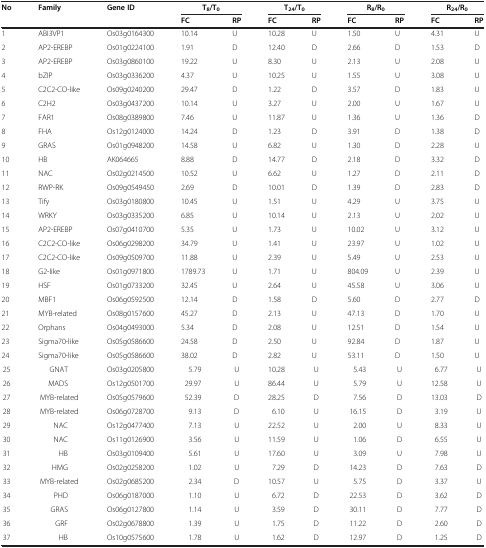
<table><thead><tr><td><b>No</b></td><td><b>Family</b></td><td><b>Gene ID</b></td><td colspan="2"><b>T<sub>8</sub>/T<sub>0</sub></b></td><td colspan="2"><b>T<sub>24</sub>/T<sub>0</sub></b></td><td colspan="2"><b>R<sub>8</sub>/R<sub>0</sub></b></td><td colspan="2"><b>R<sub>24</sub>/R<sub>0</sub></b></td></tr><tr><td><b> </b></td><td><b> </b></td><td><b> </b></td><td><b>FC</b></td><td><b>RP</b></td><td><b>FC</b></td><td><b>RP</b></td><td><b>FC</b></td><td><b>RP</b></td><td><b>FC</b></td><td><b>RP</b></td></tr></thead><tbody><tr><td>1</td><td>ABI3VP1</td><td>Os03g0164300</td><td>10.14</td><td>U</td><td>10.28</td><td>U</td><td>1.50</td><td>U</td><td>4.31</td><td>U</td></tr><tr><td>2</td><td>AP2-EREBP</td><td>Os01g0224100</td><td>1.91</td><td>D</td><td>12.40</td><td>D</td><td>2.66</td><td>D</td><td>1.53</td><td>D</td></tr><tr><td>3</td><td>AP2-EREBP</td><td>Os03g0860100</td><td>19.22</td><td>U</td><td>8.30</td><td>U</td><td>2.13</td><td>U</td><td>2.08</td><td>U</td></tr><tr><td>4</td><td>bZIP</td><td>Os03g0336200</td><td>4.37</td><td>U</td><td>10.25</td><td>U</td><td>1.55</td><td>U</td><td>3.08</td><td>U</td></tr><tr><td>5</td><td>C2C2-CO-like</td><td>Os09g0240200</td><td>29.47</td><td>D</td><td>1.22</td><td>D</td><td>3.57</td><td>D</td><td>1.83</td><td>U</td></tr><tr><td>6</td><td>C2H2</td><td>Os03g0437200</td><td>10.14</td><td>U</td><td>3.27</td><td>U</td><td>2.00</td><td>U</td><td>1.67</td><td>U</td></tr><tr><td>7</td><td>FAR1</td><td>Os08g0389800</td><td>7.46</td><td>U</td><td>11.87</td><td>U</td><td>1.36</td><td>U</td><td>1.36</td><td>D</td></tr><tr><td>8</td><td>FHA</td><td>Os12g0124000</td><td>14.24</td><td>D</td><td>1.23</td><td>D</td><td>3.91</td><td>D</td><td>1.38</td><td>D</td></tr><tr><td>9</td><td>GRAS</td><td>Os01g0948200</td><td>14.58</td><td>U</td><td>6.82</td><td>U</td><td>1.30</td><td>D</td><td>2.28</td><td>U</td></tr><tr><td>10</td><td>HB</td><td>AK064665</td><td>8.88</td><td>D</td><td>14.77</td><td>D</td><td>2.18</td><td>D</td><td>3.32</td><td>D</td></tr><tr><td>11</td><td>NAC</td><td>Os02g0214500</td><td>10.52</td><td>U</td><td>6.62</td><td>U</td><td>1.27</td><td>D</td><td>2.11</td><td>D</td></tr><tr><td>12</td><td>RWP-RK</td><td>Os09g0549450</td><td>2.69</td><td>D</td><td>10.01</td><td>D</td><td>1.39</td><td>D</td><td>2.83</td><td>D</td></tr><tr><td>13</td><td>Tify</td><td>Os03g0180800</td><td>10.45</td><td>U</td><td>1.51</td><td>U</td><td>4.29</td><td>U</td><td>3.75</td><td>U</td></tr><tr><td>14</td><td>WRKY</td><td>Os03g0335200</td><td>6.85</td><td>U</td><td>10.14</td><td>U</td><td>2.13</td><td>U</td><td>2.02</td><td>U</td></tr><tr><td>15</td><td>AP2-EREBP</td><td>Os07g0410700</td><td>5.35</td><td>U</td><td>1.73</td><td>U</td><td>10.02</td><td>U</td><td>3.12</td><td>U</td></tr><tr><td>16</td><td>C2C2-CO-like</td><td>Os06g0298200</td><td>34.79</td><td>U</td><td>1.41</td><td>U</td><td>23.97</td><td>U</td><td>1.02</td><td>U</td></tr><tr><td>17</td><td>C2C2-CO-like</td><td>Os09g0509700</td><td>11.88</td><td>U</td><td>2.39</td><td>U</td><td>5.49</td><td>U</td><td>2.53</td><td>U</td></tr><tr><td>18</td><td>G2-like</td><td>Os01g0971800</td><td>1789.73</td><td>U</td><td>1.71</td><td>U</td><td>804.09</td><td>U</td><td>2.39</td><td>U</td></tr><tr><td>19</td><td>HSF</td><td>Os01g0733200</td><td>32.45</td><td>U</td><td>2.64</td><td>U</td><td>45.58</td><td>U</td><td>3.06</td><td>U</td></tr><tr><td>20</td><td>MBF1</td><td>Os06g0592500</td><td>12.14</td><td>D</td><td>1.58</td><td>D</td><td>5.60</td><td>D</td><td>2.77</td><td>D</td></tr><tr><td>21</td><td>MYB-related</td><td>Os08g0157600</td><td>45.27</td><td>D</td><td>2.13</td><td>U</td><td>47.13</td><td>D</td><td>1.70</td><td>U</td></tr><tr><td>22</td><td>Orphans</td><td>Os04g0493000</td><td>5.34</td><td>D</td><td>2.08</td><td>U</td><td>12.51</td><td>D</td><td>1.54</td><td>U</td></tr><tr><td>23</td><td>Sigma70-like</td><td>Os05g0586600</td><td>24.58</td><td>D</td><td>2.50</td><td>U</td><td>92.84</td><td>D</td><td>1.87</td><td>U</td></tr><tr><td>24</td><td>Sigma70-like</td><td>Os05g0586600</td><td>38.02</td><td>D</td><td>2.82</td><td>U</td><td>53.11</td><td>D</td><td>1.50</td><td>U</td></tr><tr><td>25</td><td>GNAT</td><td>Os03g0205800</td><td>5.79</td><td>U</td><td>10.28</td><td>U</td><td>5.43</td><td>U</td><td>6.77</td><td>U</td></tr><tr><td>26</td><td>MADS</td><td>Os12g0501700</td><td>29.97</td><td>U</td><td>86.44</td><td>U</td><td>5.79</td><td>U</td><td>12.58</td><td>U</td></tr><tr><td>27</td><td>MYB-related</td><td>Os05g0579600</td><td>52.39</td><td>D</td><td>28.25</td><td>D</td><td>7.56</td><td>D</td><td>13.03</td><td>D</td></tr><tr><td>28</td><td>MYB-related</td><td>Os06g0728700</td><td>9.13</td><td>D</td><td>6.10</td><td>U</td><td>16.15</td><td>D</td><td>3.19</td><td>U</td></tr><tr><td>29</td><td>NAC</td><td>Os12g0477400</td><td>7.13</td><td>U</td><td>22.52</td><td>U</td><td>2.00</td><td>U</td><td>8.33</td><td>U</td></tr><tr><td>30</td><td>NAC</td><td>Os11g0126900</td><td>3.56</td><td>U</td><td>11.59</td><td>U</td><td>1.06</td><td>D</td><td>6.55</td><td>U</td></tr><tr><td>31</td><td>HB</td><td>Os03g0109400</td><td>5.61</td><td>U</td><td>17.60</td><td>U</td><td>3.09</td><td>U</td><td>7.98</td><td>U</td></tr><tr><td>32</td><td>HMG</td><td>Os02g0258200</td><td>1.02</td><td>U</td><td>7.29</td><td>D</td><td>14.23</td><td>D</td><td>7.63</td><td>D</td></tr><tr><td>33</td><td>MYB-related</td><td>Os02g0685200</td><td>2.34</td><td>D</td><td>10.57</td><td>U</td><td>5.75</td><td>D</td><td>3.37</td><td>U</td></tr><tr><td>34</td><td>PHD</td><td>Os06g0187000</td><td>1.10</td><td>U</td><td>6.72</td><td>D</td><td>22.53</td><td>D</td><td>3.62</td><td>D</td></tr><tr><td>35</td><td>GRAS</td><td>Os06g0127800</td><td>1.14</td><td>U</td><td>3.59</td><td>D</td><td>30.11</td><td>D</td><td>7.77</td><td>D</td></tr><tr><td>36</td><td>GRF</td><td>Os02g0678800</td><td>1.39</td><td>U</td><td>1.75</td><td>D</td><td>11.22</td><td>D</td><td>2.60</td><td>D</td></tr><tr><td>37</td><td>HB</td><td>Os10g0575600</td><td>1.78</td><td>U</td><td>1.62</td><td>D</td><td>12.97</td><td>D</td><td>1.25</td><td>D</td></tr></tbody></table>